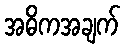
အဓိကအချက်